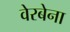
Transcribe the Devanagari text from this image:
वेरबेना